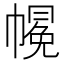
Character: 𱜳